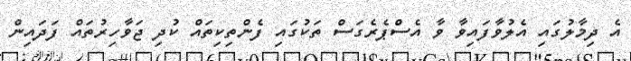
އެ ދިމާލުގައި އެލުވާފައިވާ ވާ އެސްޕެރެގަސް ތަކުގައި ފެންތިކިތައް ކުދި ޖަވާހިރުތައް ފަދައިން